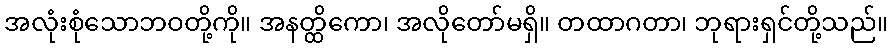
အလုံးစုံသောဘဝတို့ကို။ အနတ္ထိကော၊ အလိုတော်မရှိ။ တထာဂတာ၊ ဘုရားရှင်တို့သည်။